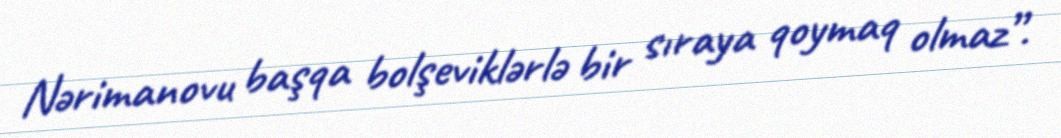
Nərimanovu başqa bolşeviklərlə bir sıraya qoymaq olmaz”.